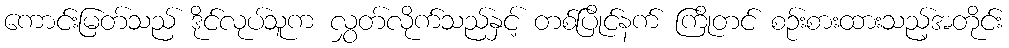
ကောင်းမြတ်သည် ဒိုင်လုပ်သူက လွှတ်လိုက်သည်နှင့် တစ်ပြိုင်နက် ကြိုတင် စဉ်းစားထားသည့်အတိုင်း